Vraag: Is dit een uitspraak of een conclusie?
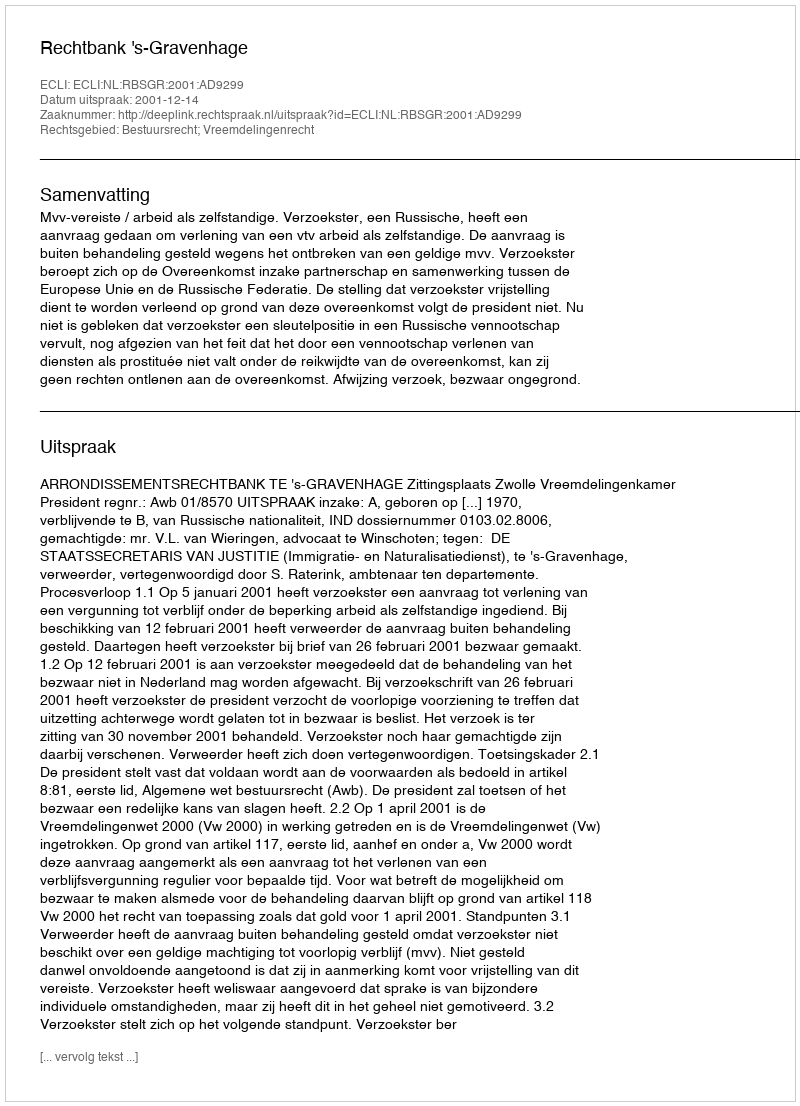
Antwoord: Uitspraak